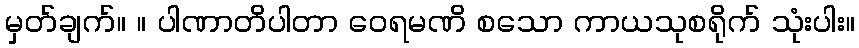
မှတ်ချက်။ ။ ပါဏာတိပါတာ ဝေရမဏိ စသော ကာယသုစရိုက် သုံးပါး။